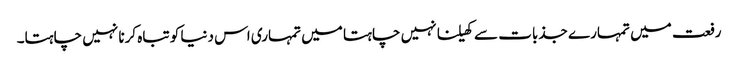
رفعت میں تمہارے جذبات سے کھیلنا نہیں چاہتا میں تمہاری اس دنیا کو تباہ کرنا نہیں چاہتا۔